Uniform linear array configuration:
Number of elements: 8
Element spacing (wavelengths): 0.75
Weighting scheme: hamming
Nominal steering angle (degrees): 60
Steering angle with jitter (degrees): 58.918
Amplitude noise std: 0.05
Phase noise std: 0.05

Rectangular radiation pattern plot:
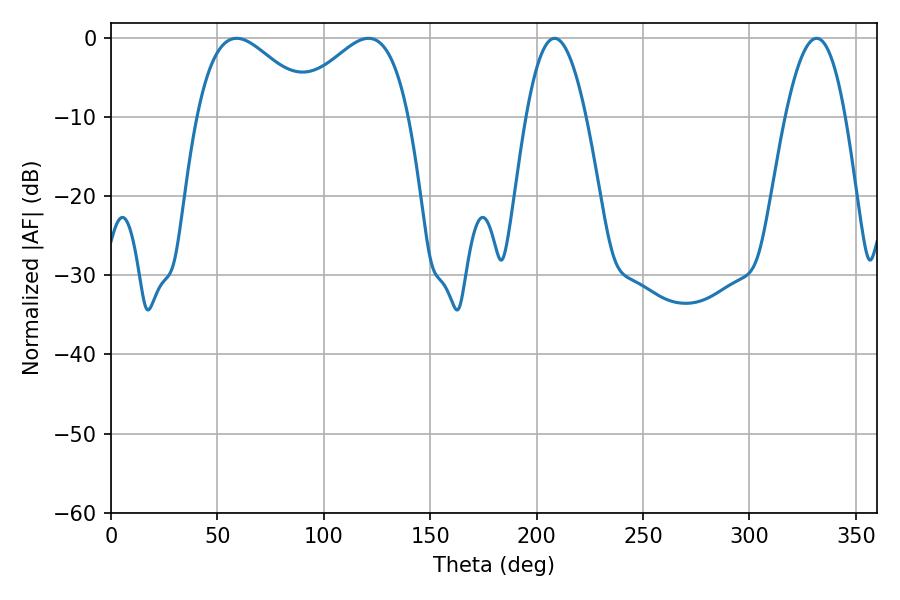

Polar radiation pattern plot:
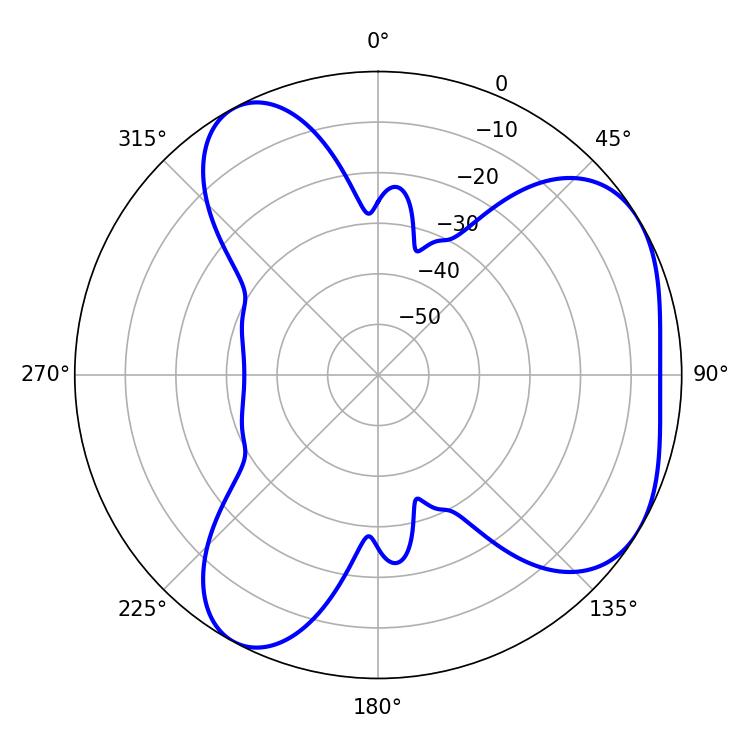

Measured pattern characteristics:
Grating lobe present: TRUE
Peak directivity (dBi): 4.692
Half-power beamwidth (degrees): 15.48
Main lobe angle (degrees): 208.44